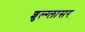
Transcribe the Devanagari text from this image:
शुल्‍ग्‍लासर